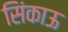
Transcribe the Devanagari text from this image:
सिंकाऊ